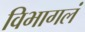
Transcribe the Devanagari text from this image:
विभागलं